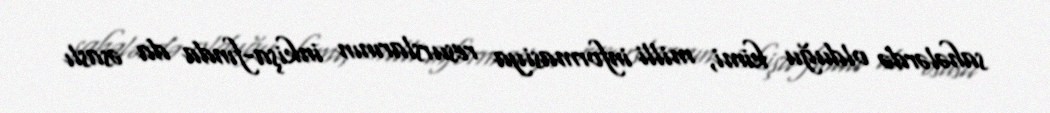
sahələrdə olduğu kimi, milli informasiya resurslarının inkişa­fında da əsaslı